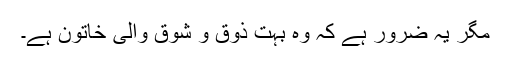
مگر یہ ضرور ہے کہ وہ بہت ذوق و شوق والی خاتون ہے۔